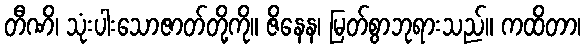
တီဏိ၊ သုံးပါးသောဇာတ်တို့ကို။ ဇိနေန၊ မြတ်စွာဘုရားသည်။ ကထိတာ၊